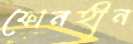
ফোনহীন